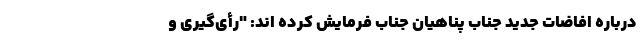
درباره افاضات جدید جناب پناهیان جناب فرمایش کرده اند: "رأی‌گیری و